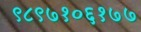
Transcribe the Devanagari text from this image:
९८९७१०६१७७